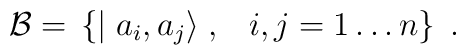
{\cal B}=\, \left\{ \mid a_i ,a_j \rangle \; , \;\,\,\, i,j =1\ldots n \right\} \; .